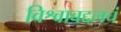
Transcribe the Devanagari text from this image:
विश्वाबद्दलचं